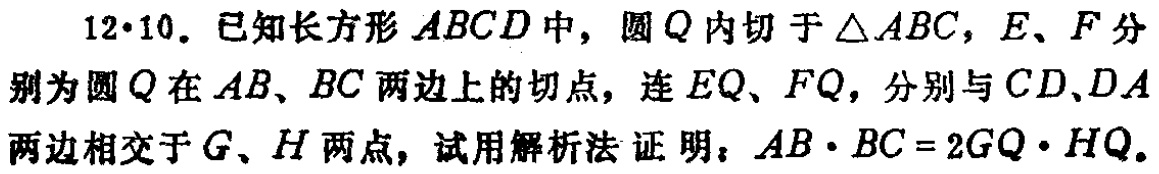
12·10. 已知长方形\(ABCD\)中，圆\(Q\)内切于\(\triangle ABC\)，\(E\)、\(F\)分别为圆\(Q\)在\(AB\)、\(BC\)两边上的切点，连\(EQ\)、\(FQ\)，分别与\(CD\)、\(DA\)两边相交于\(G\)、\(H\)两点，试用解析法证明：\(AB\cdot BC = 2GQ\cdot HQ\)。